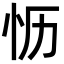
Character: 𪫡